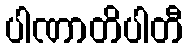
ပါဏာတိပါတီ